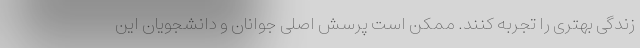
زندگی بهتری را تجربه کنند. ممکن است پرسش اصلی جوانان و دانشجویان این